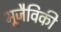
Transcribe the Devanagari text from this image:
भूजैविकी